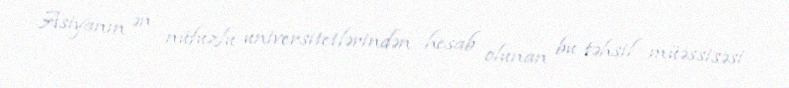
Asiyanın ən nüfuzlu universitetlərindən hesab olunan bu təhsil müəssisəsi